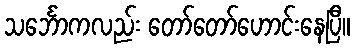
သင်္ဘောကလည်း တော်တော်ဟောင်းနေပြီ။